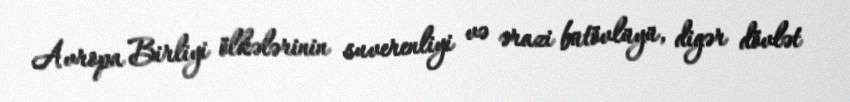
Avropa Birliyi ölkələrinin suverenliyi və ərazi bütövlüyü, digər dövlət